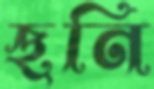
ছনি